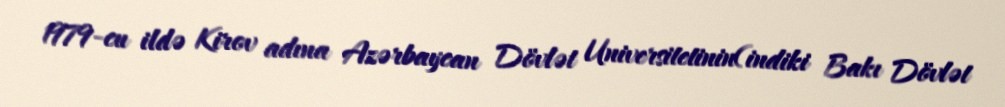
1979-cu ildə Kirov adına Azərbaycan Dövlət Universitetinin(indiki Bakı Dövlət